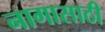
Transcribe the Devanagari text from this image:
नागासाठी